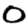
Digit: 0